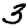
Digit: 3